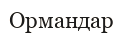
Ормандар